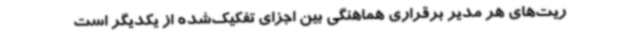
ریت‌های هر مدیر برقراری هماهنگی بین اجزای تفکیک‌شده از یکدیگر است